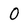
Character: O